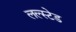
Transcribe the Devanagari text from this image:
लल्स्टेड